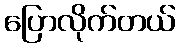
ပြောလိုက်တယ်